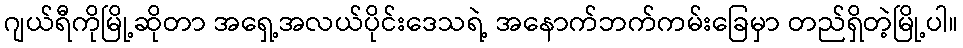
ဂျယ်ရီကိုမြို့ဆိုတာ အရှေ့အလယ်ပိုင်းဒေသရဲ့ အနောက်ဘက်ကမ်းခြေမှာ တည်ရှိတဲ့မြို့ပါ။